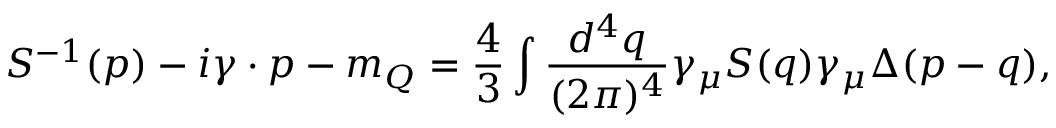
S ^ { - 1 } ( p ) - i \gamma \cdot p - m _ { Q } = \frac { 4 } { 3 } \int \frac { d ^ { 4 } q } { ( 2 \pi ) ^ { 4 } } \gamma _ { \mu } S ( q ) \gamma _ { \mu } \Delta ( p - q ) ,